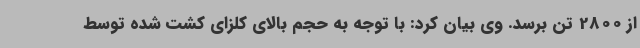
از 2800 تن برسد. وی بیان کرد: با توجه به حجم بالای کلزای کشت شده توسط